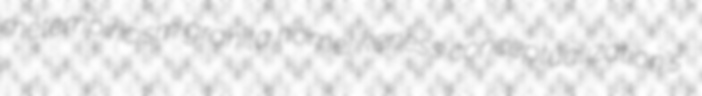
metempiricism granita homelikeness conceptualization's